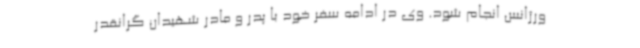
ورژانس انجام شود. وی در ادامه سفر خود با پدر و مادر شهیدان گرانقدر